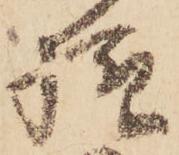
様